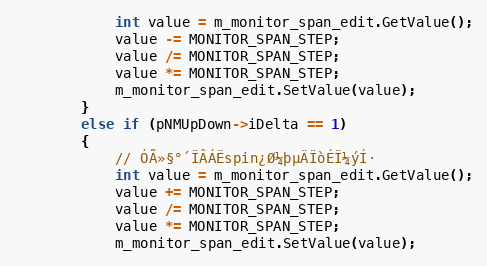
Language: C++
            int value = m_monitor_span_edit.GetValue();
            value -= MONITOR_SPAN_STEP;
            value /= MONITOR_SPAN_STEP;
            value *= MONITOR_SPAN_STEP;
            m_monitor_span_edit.SetValue(value);
        }
        else if (pNMUpDown->iDelta == 1)
        {
            // ÓÃ»§°´ÏÂÁËspin¿Ø¼þµÄÏòÉÏ¼ýÍ·
            int value = m_monitor_span_edit.GetValue();
            value += MONITOR_SPAN_STEP;
            value /= MONITOR_SPAN_STEP;
            value *= MONITOR_SPAN_STEP;
            m_monitor_span_edit.SetValue(value);